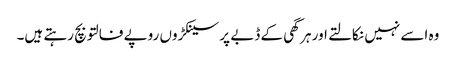
وہ اسے نہیں نکالتے اور ہر گھی کے ڈبے پر سینکڑوں روپے فالتو بچ رہتے ہیں۔